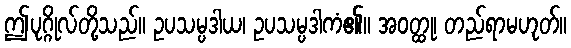
ဤပုဂ္ဂိုလ်တို့သည်။ ဥပသမ္ပဒါယ၊ ဥပသမ္ပဒါကံ၏။ အဝတ္ထု၊ တည်ရာမဟုတ်။